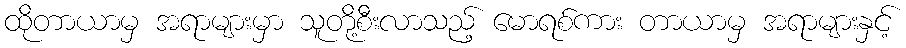
ထိုတာယာမှ အရာများမှာ သူတို့စီးလာသည့် မောရစ်ကား တာယာမှ အရာများနှင့်